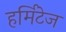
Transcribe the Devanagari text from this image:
हर्मिटेज